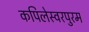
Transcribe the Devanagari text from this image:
कपिलेस्वरपुरम